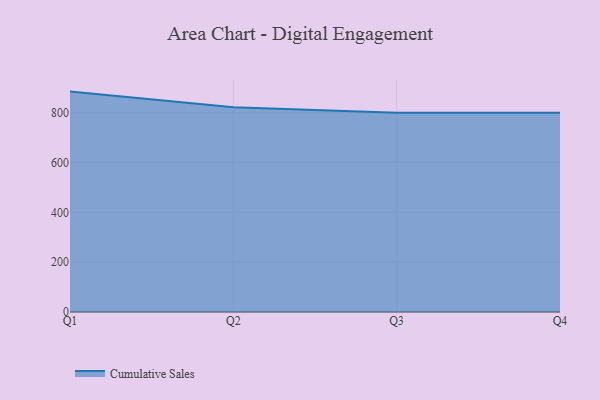
{"axis": {"x": "Quarter", "y": "Energy Usage (MWh)"}, "legend": ["Cumulative Sales"], "data": [{"x": "Q1", "y": 884.8, "type": "Cumulative Sales"}, {"x": "Q2", "y": 821.6, "type": "Cumulative Sales"}, {"x": "Q3", "y": 800, "type": "Cumulative Sales"}, {"x": "Q4", "y": 800, "type": "Cumulative Sales"}]}